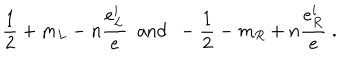
LaTeX: \frac { 1 } { 2 } + m _ { L } - n \frac { e _ { L } ^ { i } } { e } ~ ~ \mathrm { a n d } ~ ~ - \frac { 1 } { 2 } - m _ { R } + n \frac { e _ { R } ^ { i } } { e } ~ .